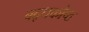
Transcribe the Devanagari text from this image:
बद्धकोष्ठ